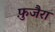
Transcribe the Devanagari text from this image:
फ़ुजैरा